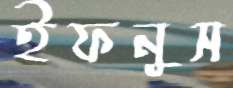
ইফনুস